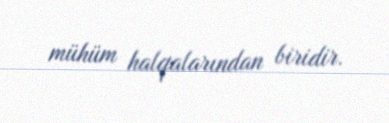
mühüm halqalarından biridir.